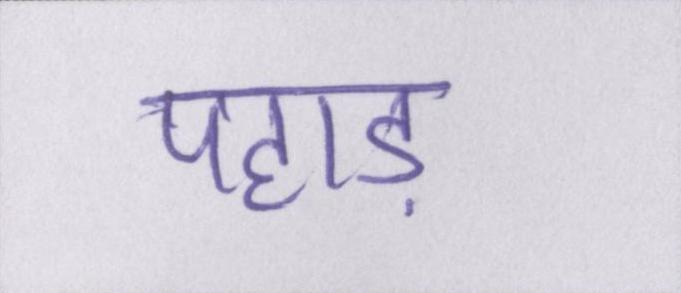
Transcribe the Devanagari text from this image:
पहाड़